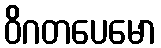
ဝိဂတပေမော